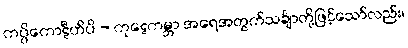
ကပ္ပိကောဋီဟိပိ - ကုဋေကမ္ဘာ အရေအတွက်သင်္ချာတို့ဖြင့်သော်လည်း၊